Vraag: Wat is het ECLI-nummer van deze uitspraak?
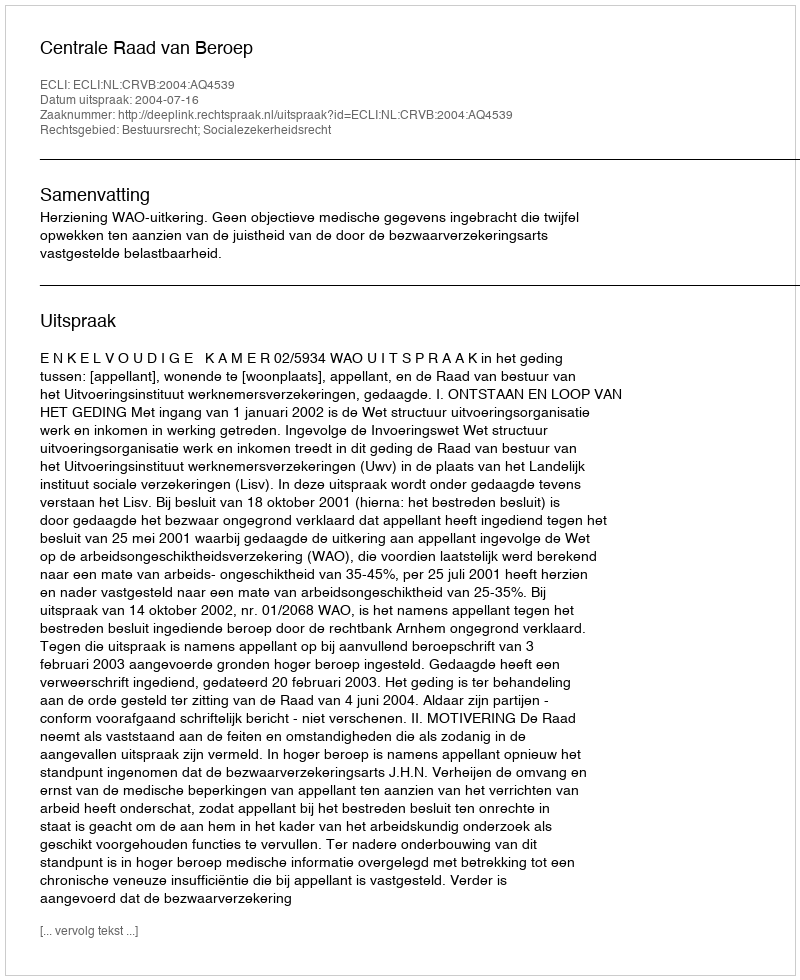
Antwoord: ECLI:NL:CRVB:2004:AQ4539